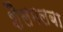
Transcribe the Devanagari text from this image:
शैलमलबा